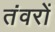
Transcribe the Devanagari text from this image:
तंवरों